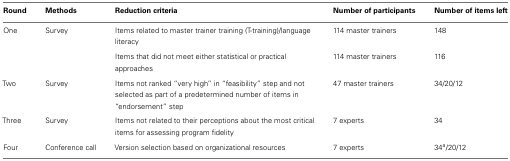
<table><thead><tr><td><b>Round</b></td><td><b>Methods</b></td><td><b>Reduction criteria</b></td><td><b>Number of participants</b></td><td><b>Number of items left</b></td></tr></thead><tbody><tr><td>One</td><td>Survey</td><td>Items related to master trainer training (T-training)/language literacy</td><td>114 master trainers</td><td>148</td></tr><tr><td></td><td></td><td>Items that did not meet either statistical or practical approaches</td><td>114 master trainers</td><td>116</td></tr><tr><td>Two</td><td>Survey</td><td>Items not ranked “very high” in “feasibility” step and not selected as part of a predetermined number of items in “endorsement” step</td><td>47 master trainers</td><td>34/20/12</td></tr><tr><td>Three</td><td>Survey</td><td>Items not related to their perceptions about the most critical items for assessing program fidelity</td><td>7 experts</td><td>34</td></tr><tr><td>Four</td><td>Conference call</td><td>Version selection based on organizational resources</td><td>7 experts</td><td>34<sup>a</sup>/20/12</td></tr></tbody></table>